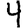
Digit: 4